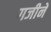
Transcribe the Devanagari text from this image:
गजीने